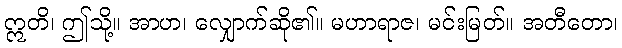
ဣတိ၊ ဤသို့။ အာဟ၊ လျှောက်ဆို၏။ မဟာရာဇ၊ မင်းမြတ်။ အတီတော၊